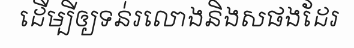
ដើម្បីឲ្យទន់រលោងនិងសផងដែរ